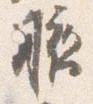
腋